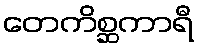
တေကိစ္ဆကာရီ